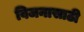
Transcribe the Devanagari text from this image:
विजनासाठी